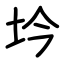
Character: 坅